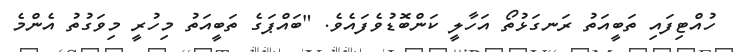
ހުއްޓިފައި ތަބީއަތު ރަނގަޅުތޯ އަހާލީ ކަންބޮޑުވެފައެވެ. "ބައްޕަގެ ތަބީއަތު މިހުރީ މިވަގުތު އެންމެ